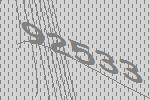
92533